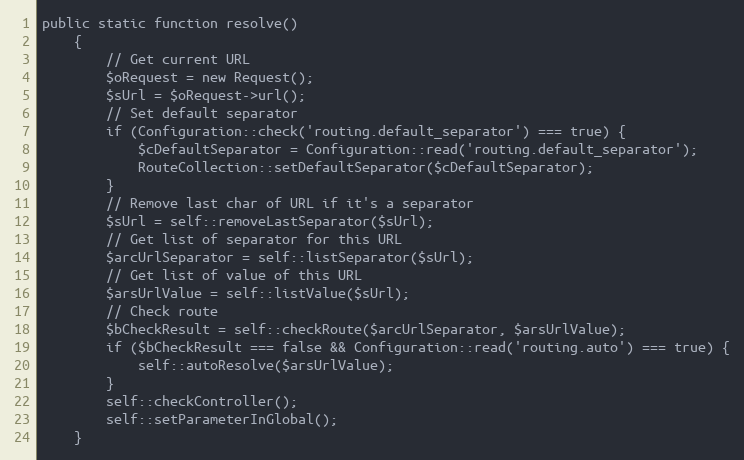
Language: PHP
public static function resolve()
    {
        // Get current URL
        $oRequest = new Request();
        $sUrl = $oRequest->url();
        // Set default separator
        if (Configuration::check('routing.default_separator') === true) {
            $cDefaultSeparator = Configuration::read('routing.default_separator');
            RouteCollection::setDefaultSeparator($cDefaultSeparator);
        }
        // Remove last char of URL if it's a separator
        $sUrl = self::removeLastSeparator($sUrl);
        // Get list of separator for this URL
        $arcUrlSeparator = self::listSeparator($sUrl);
        // Get list of value of this URL
        $arsUrlValue = self::listValue($sUrl);
        // Check route
        $bCheckResult = self::checkRoute($arcUrlSeparator, $arsUrlValue);
        if ($bCheckResult === false && Configuration::read('routing.auto') === true) {
            self::autoResolve($arsUrlValue);
        }
        self::checkController();
        self::setParameterInGlobal();
    }